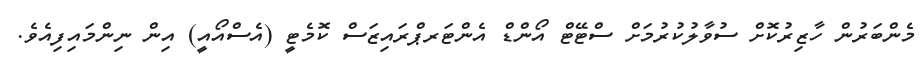
މެންބަރުން ހާޒިރުކޮށް ސުވާލުކުރުމަށް ސްޓޭޓް އޯންޑް އެންޓަރޕްރައިޒަސް ކޮމެޓީ (އެސްއޯއީ) އިން ނިންމައިފިއެވެ.